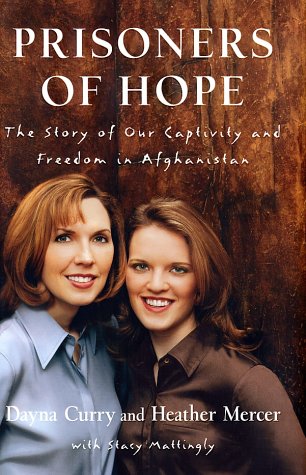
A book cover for Prisoners of Hope: The Story of Our Captivity and Freedom in Afghanistan; Dayna Curry; Travel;